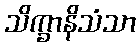
သိက္ခာနိသံသာ